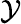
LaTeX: \mathcal{Y}